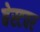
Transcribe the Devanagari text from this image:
बेस्टवर